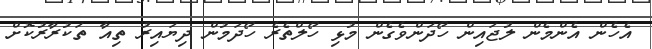
އެހެން އެންމެން ލުޖައިން ހޯދަންވެގެން މުޅި ހޯލްތެރެ ހޯދަމުން ދިޔައިރު ތިއާ ތަކުރާރުކޮށް